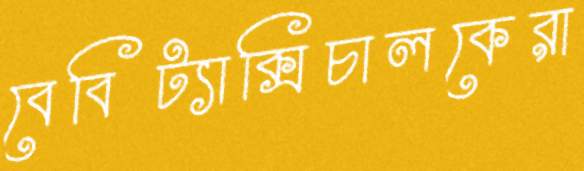
বেবিট্যাক্সিচালকেরা